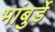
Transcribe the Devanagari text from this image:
भांबुर्डे